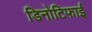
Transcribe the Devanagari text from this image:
डिनोटिफाई